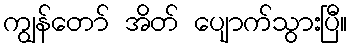
ကျွန်တော် အိတ် ပျောက်သွားပြီ။